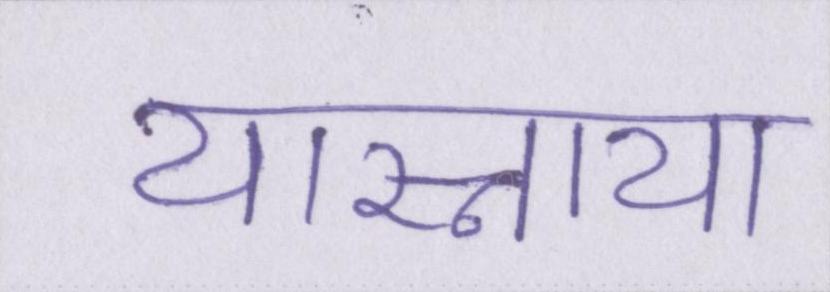
यास्नाया